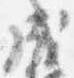
成